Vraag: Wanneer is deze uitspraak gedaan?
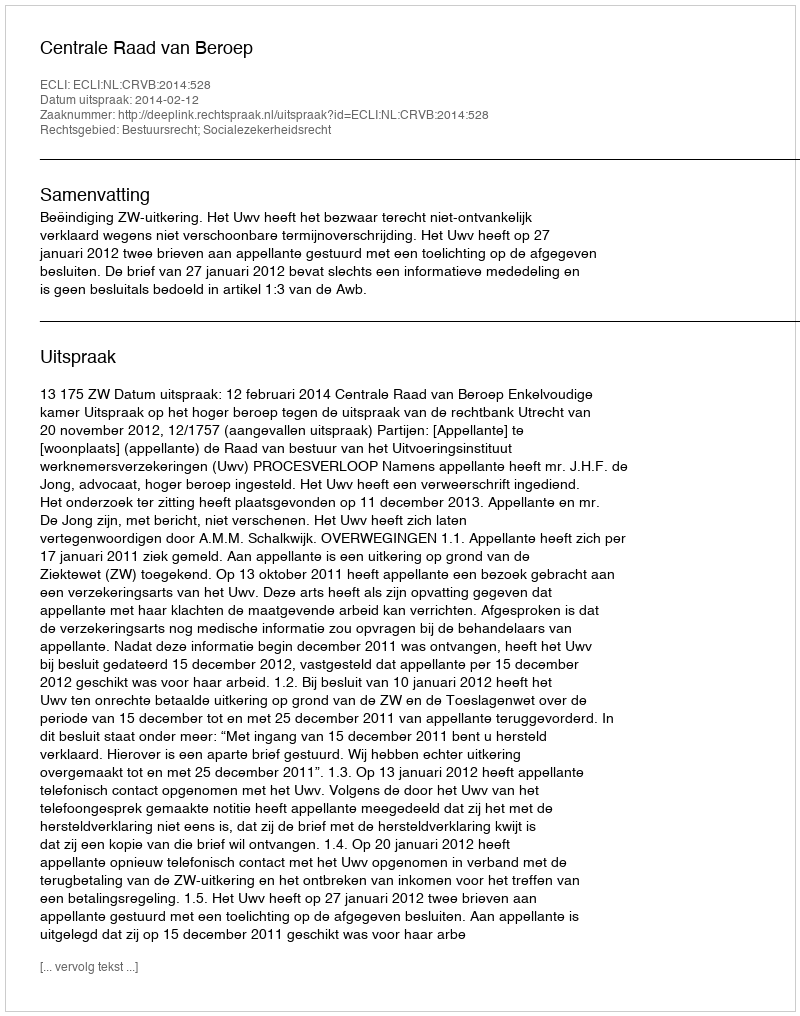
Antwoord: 2014-02-12